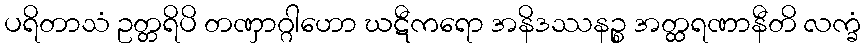
ပရိတာသံ ဥတ္တရိပိ တဏှာဂ္ဂါဟော ဃဋီကရော အနိဒဿနဉ္စ အတ္ထရဏာနီတိ လက္ခံ